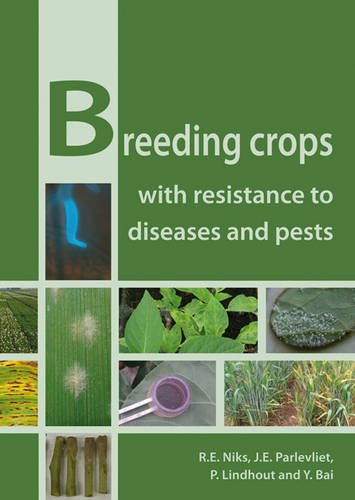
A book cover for Breeding Crops with Resistance to Diseases and Pests; R. E. Niks; Science & Math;